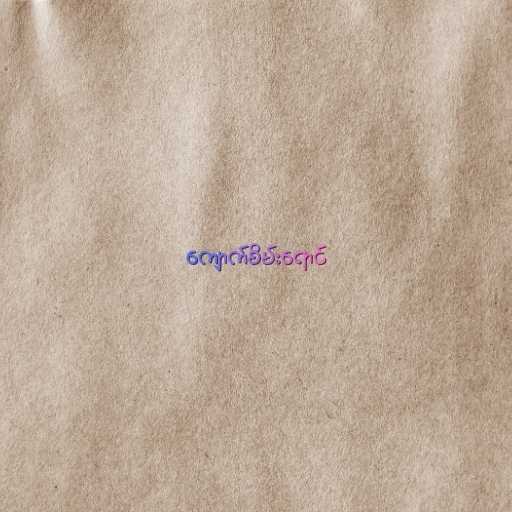
ကျောက်စိမ်းရောင်